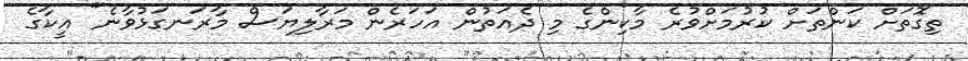
ތިގޮތަށް ކަންތަށް ކުރުމަށްވުރެ މާކިންގެ މި ދެއަތުން އަހަރެން މަރާލިޔަސް މާރަނގަޅުވާނެ" އީކާގެ